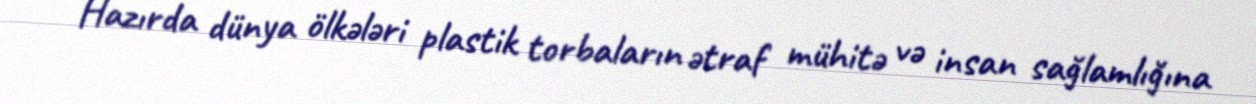
Hazırda dünya ölkələri plastik torbaların ətraf mühitə və insan sağlamlığına